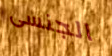
الجنسى